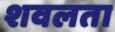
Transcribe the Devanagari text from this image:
शवलता